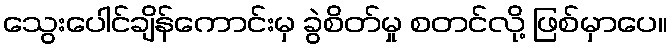
သွေးပေါင်ချိန်ကောင်းမှ ခွဲစိတ်မှု စတင်လို့ ဖြစ်မှာပေ။